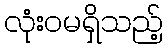
လုံးဝမရှိသည့်